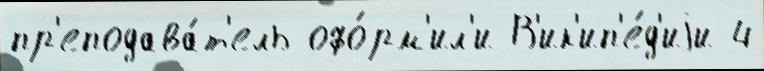
пр'еподава́т'ель офо́рм'ил'и В'ик'ип'е́д'иjи 4